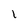
Character: l